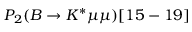
P _ { 2 } ( B \to K ^ { * } \mu \mu ) [ 1 5 - 1 9 ]